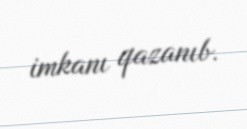
imkanı qazanıb.